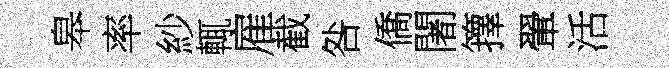
皋率紗輒雇截咎僑闍籜翬活